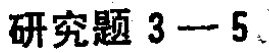
研究题 3 --- 5